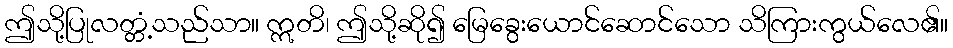
ဤသို့ပြုလတ္တံ့သည်သာ။ ဣတိ၊ ဤသို့ဆို၍ မြေခွေးယောင်ဆောင်သော သိကြားကွယ်လေ၏။